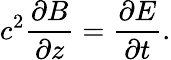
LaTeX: c^{2}{\frac{\partial B}{\partial z}}={\frac{\partial E}{\partial t}}.